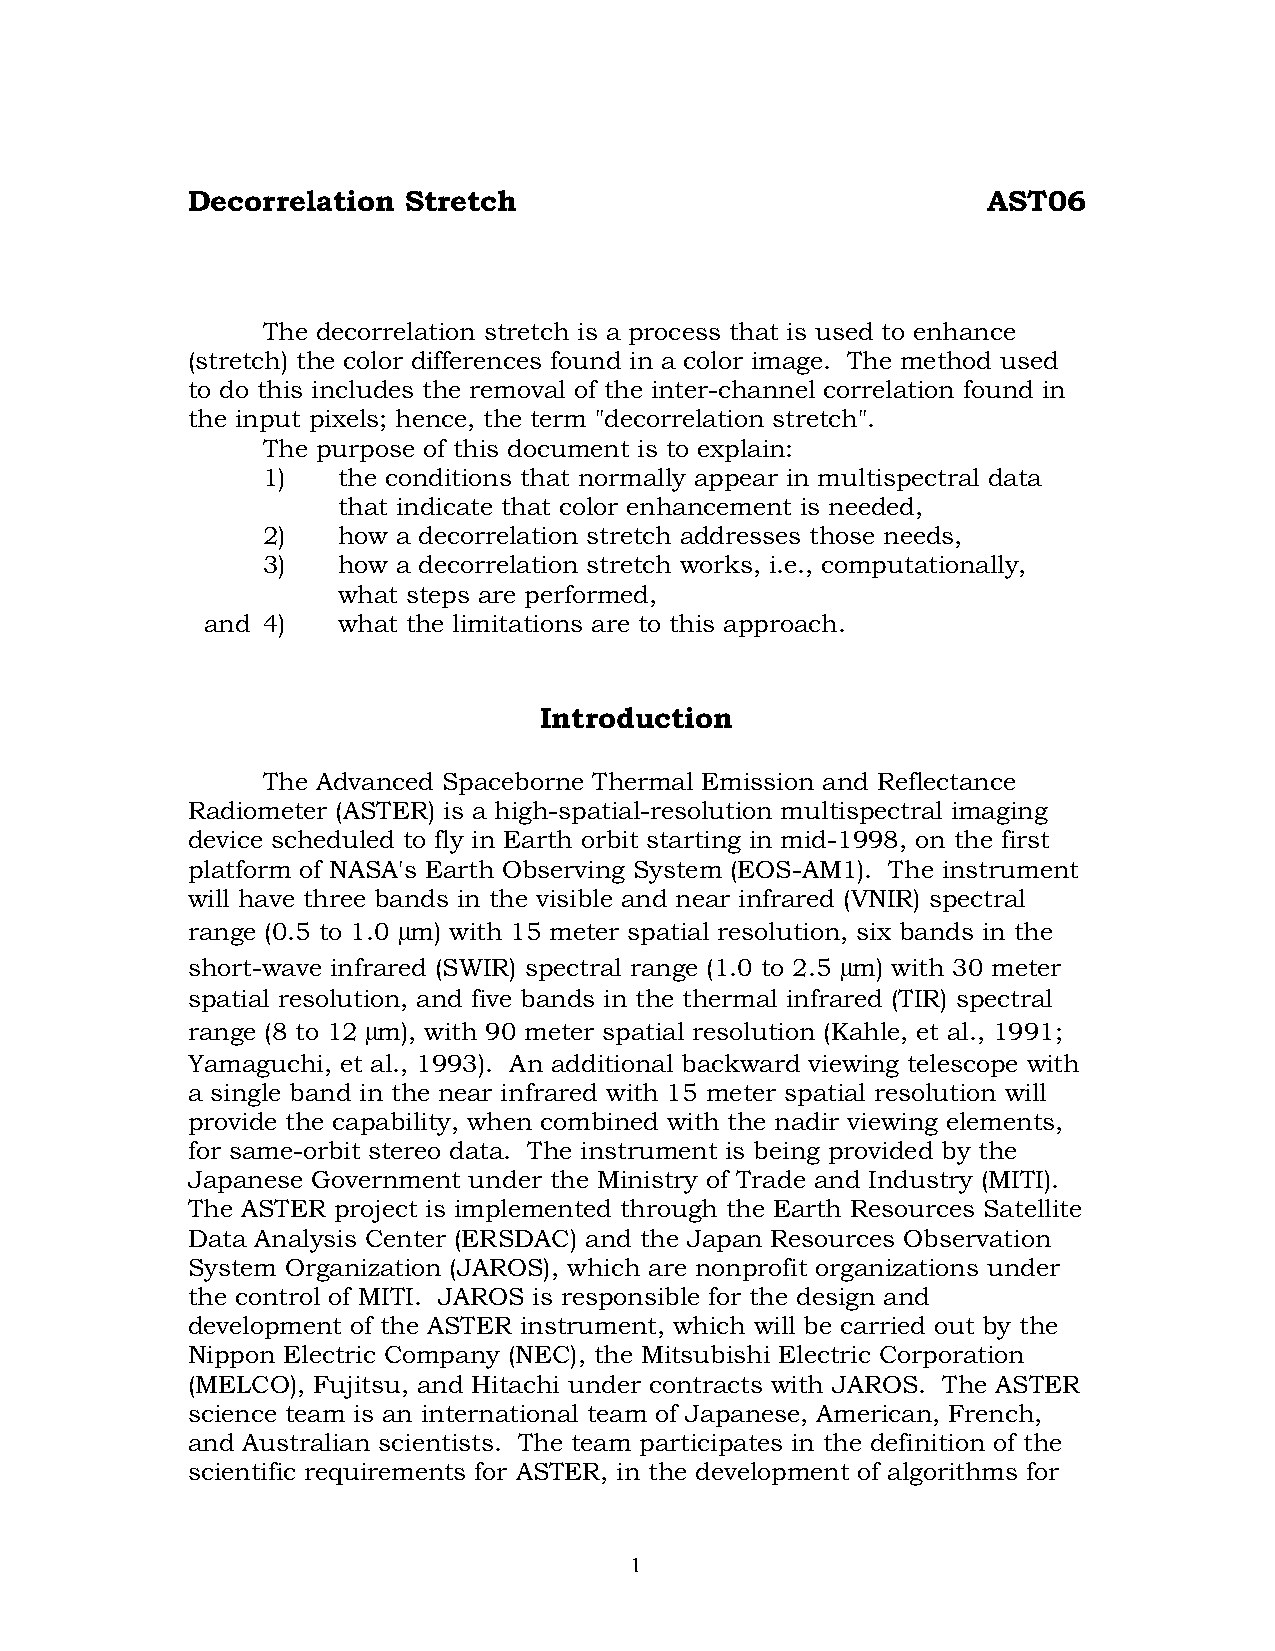
Decorrelation  Stretch                               AST06
 The decorrelation stretch is a process that is used to enhance
 (stretch) the color differences found in a color image. The method used
 to do this includes the removal of the inter-channel correlation found in
 the input pixels; hence, the term "decorrelation stretch".
 The purpose of this document is to explain:
 1)   the conditions that normally appear in multispectral data
 that indicate that color enhancement is needed,
 2)   how a decorrelation stretch addresses those needs,
 3)   how a decorrelation stretch works, i.e., computationally,
 what steps are performed,
 and 4)   what the limitations are to this approach.
 Introduction
 The Advanced Spaceborne Thermal Emission and Reflectance
 Radiometer (ASTER) is a high-spatial-resolution multispectral imaging
 device scheduled to fly in Earth orbit starting in mid-1998, on the first
 platform of NASA's Earth Observing System (EOS-AM1). The instrument
 will have three bands in the visible and near infrared (VNIR) spectral
 m
 range (0.5 to 1.0 m) with 15 meter spatial resolution, six bands in the
 m
 short-wave infrared (SWIR) spectral range (1.0 to 2.5 m) with 30 meter
 spatial resolution, and five bands in the thermal infrared (TIR) spectral
 m
 range (8 to 12 m), with 90 meter spatial resolution (Kahle, et al., 1991;
 Yamaguchi, et al., 1993). An additional backward viewing telescope with
 a single band in the near infrared with 15 meter spatial resolution will
 provide the capability, when combined with the nadir viewing elements,
 for same-orbit stereo data. The instrument is being provided by the
 Japanese Government under the Ministry of Trade and Industry (MITI).
 The ASTER project is implemented through the Earth Resources Satellite
 Data Analysis Center (ERSDAC) and the Japan Resources Observation
 System Organization (JAROS), which are nonprofit organizations under
 the control of MITI. JAROS is responsible for the design and
 development of the ASTER instrument, which will be carried out by the
 Nippon Electric Company (NEC), the Mitsubishi Electric Corporation
 (MELCO), Fujitsu, and Hitachi under contracts with JAROS. The ASTER
 science team is an international team of Japanese, American, French,
 and Australian scientists. The team participates in the definition of the
 scientific requirements for ASTER, in the development of algorithms for
 1